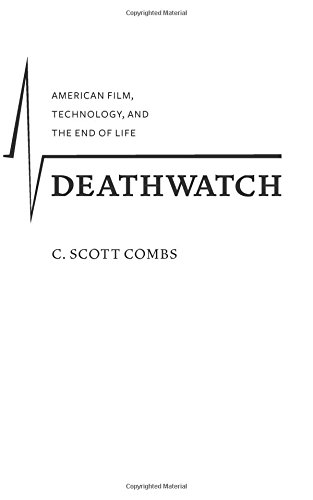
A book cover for Deathwatch: American Film, Technology, and the End of Life (Film and Culture Series); C. Scott Combs; Humor & Entertainment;